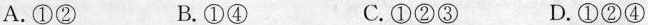
A.①② B.①④ C.①②③ D.①②④